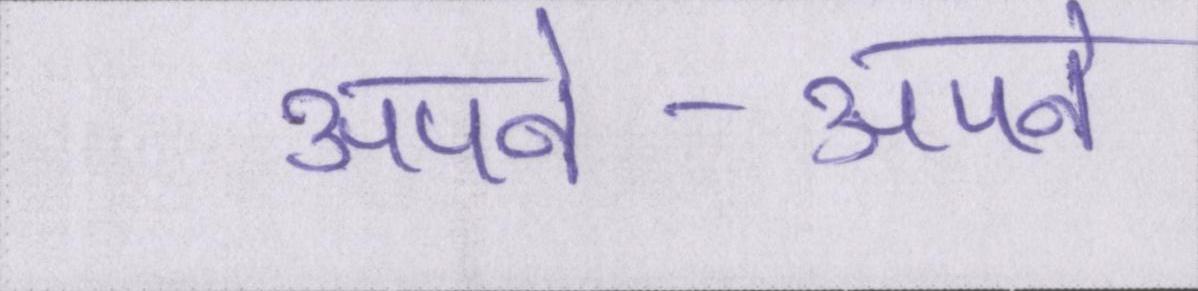
अपने-अपने